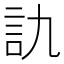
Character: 訅